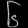
Digit: ၆